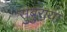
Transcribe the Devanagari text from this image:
सुबुराया